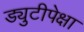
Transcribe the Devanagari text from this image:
ड्युटीपेक्षा